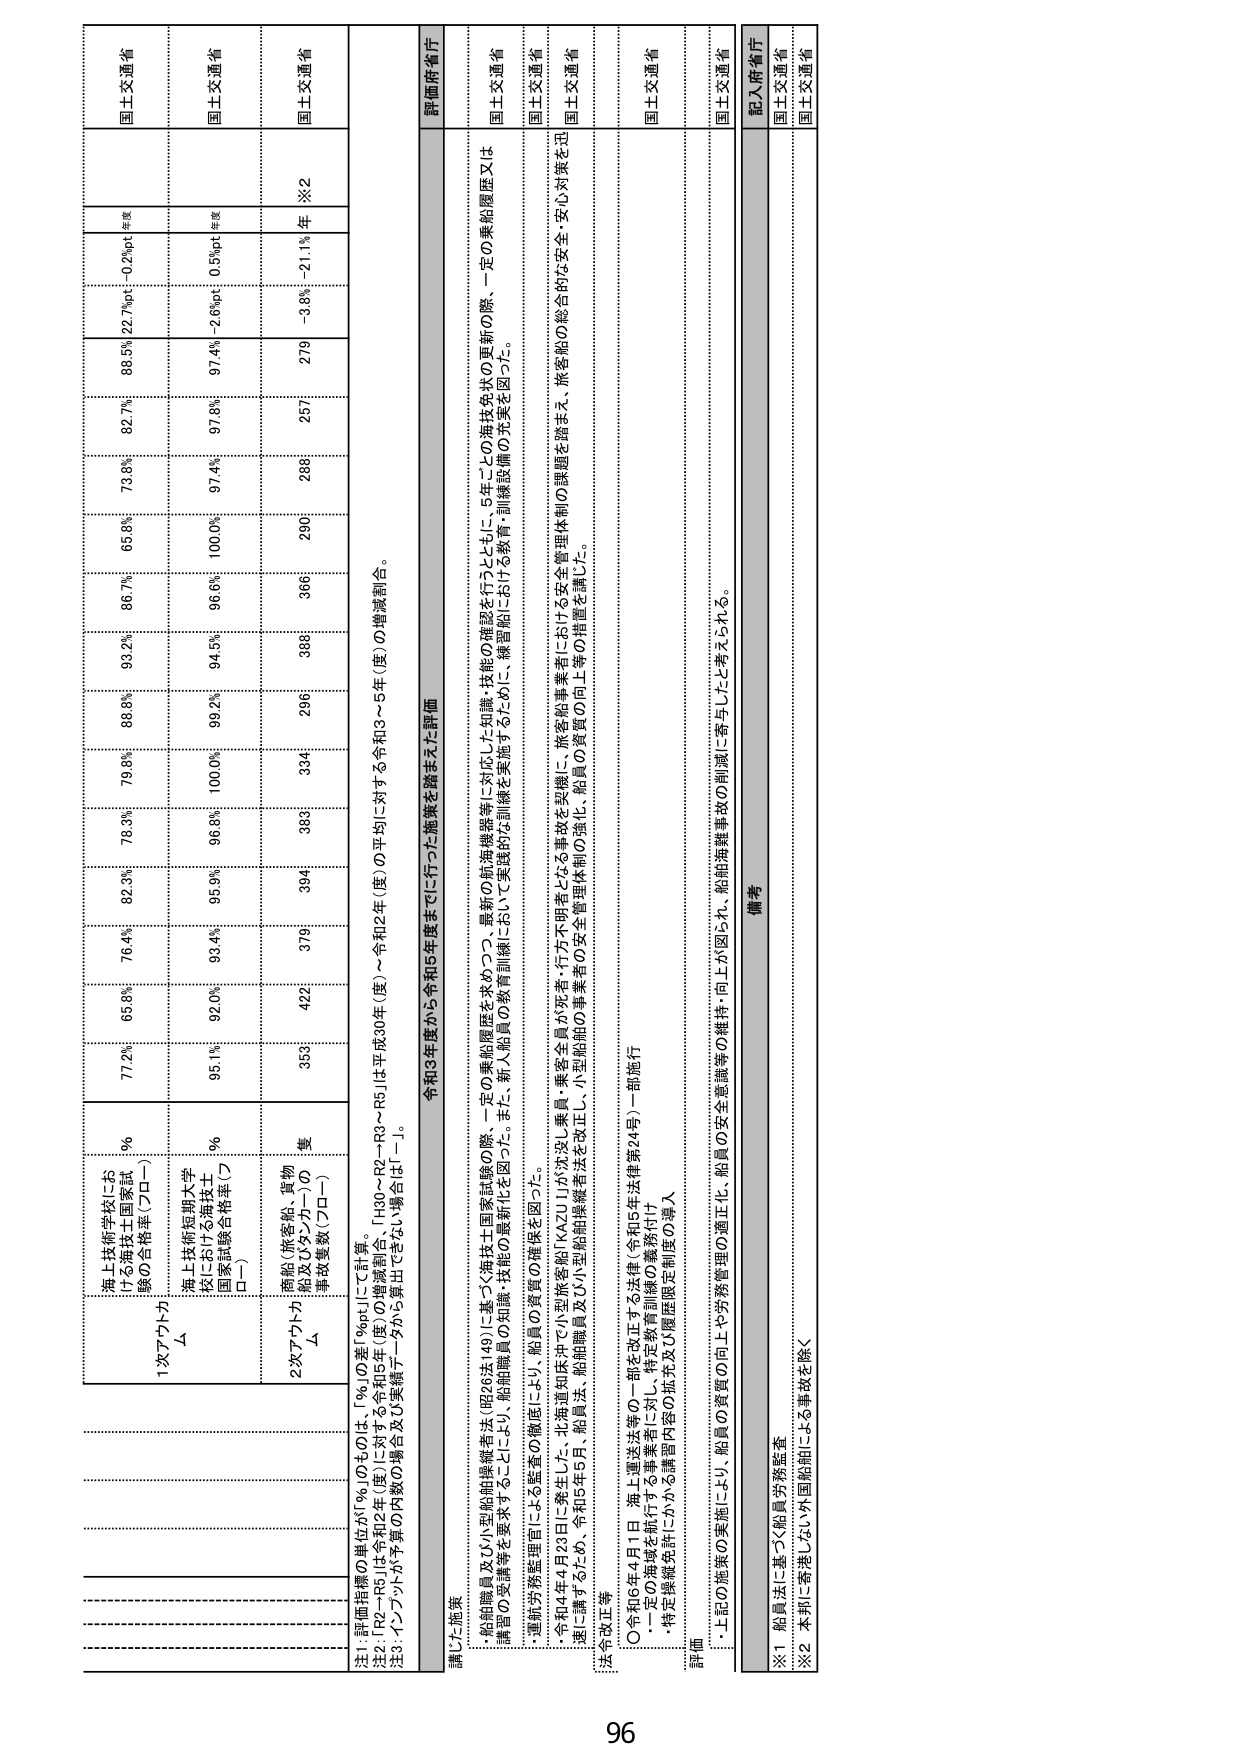
国士交通省
年度
0.2%pt
国士交通省
年度
0.5%pt
国士交通省
※2
211% 年

海上技術学校における海技士国家試験の合格率（プロー）
1次アテスト
Δ
77.2%
65.8%
76.4%
82.3%
78.3%
79.8%
88.8%
93.2%
86.7%
65.8%
73.8%
82.7%
89.5%
22.7%pt

海上技術短期大学校における海技士国家試験合格率（プロー）
%
95.1%
92.0%
93.4%
95.9%
96.8%
100.0%
99.2%
94.5%
96.6%
100.0%
97.4%
97.3%
97.4%
-2.6%pt

商船（旅客船、貨物船及びタンカー）の事故数（プロー）
2次アテスト
Δ
359
422
379
394
389
334
296
386
290
286
257
279
-3.8%
-211%

注1 評価指標の単位が「%」のものは、「%」の差「%pt」にて計算。
注2 「R2～R5」は令和2年（度）に対する令和5年（度）の増減率。 「H30～R2～R3～R4～R5」は平成30年（度）～令和2年（度）の平均に対する令和3～5年（度）の増減率。
注3・インフラが予算の内数の場合及び実績データから算出できない場合は「－」。

評価府省庁
講じた施策
令和3年度から令和5年度までに行った施策を踏まえた評価
・船舶職員及び小型船舶操縦者法（昭26法149）に基づく海技士国家試験の際、一定の乗船履歴を要求することにより、船舶職員の知識・技能の確保を図った。また、新人船員の教育訓練において実践的な訓練を実施するために、補習船における教育・訓練設備の充実を図った。
・運航労務管理面による船員の資質の確保を図った。
・令和4年4月23日に発生した、北海道知床沖で小型旅客船「KAZU」が沈没し乗員・乗客全員が死傷・行方不明者となる事故を契機に、旅客船事業者における安全管理体制の課題を踏まえ、旅客船の総合的な安全・安心対策を迅速に講ずるため、令和5年5月、船舶職員及び小型船舶操縦者法を改正し、小型船舶の事業者の安全管理体制の強化、船員の資質の向上等の措置を講じた。

法令改正等
〇令和5年4月1日 海上運送法等の一部を改正する法律（令和5年法律第24号）一部施行
・一定の基礎を航行する事業者に対し、特定教育訓練の義務付け
・特定操縦免許にかかる講習内容の拡充及び履歴限定制度の導入

評価
・上記の施策の実施により、船員の資質の向上や労務管理の適正化、船員の安全意識等の維持・向上が図られ、船舶海難事故の削減に寄与したと考えられる。

備考
記入府省庁
国士交通省
国士交通省
国士交通省

※1 船員法に基づく船員労務監査
※2 本邦に寄港しない外国船舶による事故を除く

96